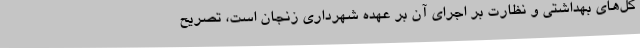
کل‌های بهداشتی و نظارت بر اجرای آن بر عهده شهرداری زنجان است، تصریح